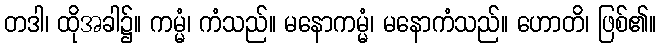
တဒါ၊ ထိုအခါ၌။ ကမ္မံ၊ ကံသည်။ မနောကမ္မံ၊ မနောကံသည်။ ဟောတိ၊ ဖြစ်၏။